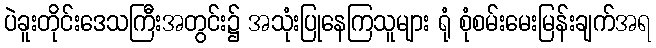
ပဲခူးတိုင်းဒေသကြီးအတွင်း၌ အသုံးပြုနေကြသူများ ရုံ စုံစမ်းမေးမြန်းချက်အရ